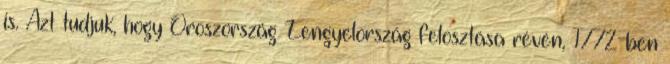
is. Azt tudjuk, hogy Oroszország Lengyelország felosztása révén, 1772-ben